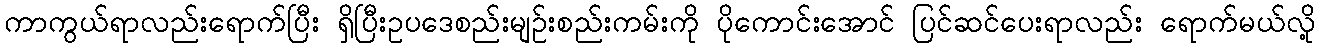
ကာကွယ်ရာလည်းရောက်ပြီး ရှိပြီးဥပဒေစည်းမျဉ်းစည်းကမ်းကို ပိုကောင်းအောင် ပြင်ဆင်ပေးရာလည်း ရောက်မယ်လို့